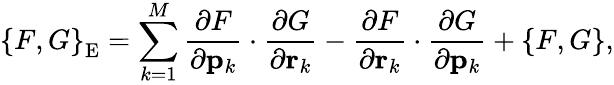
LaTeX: \left\{ F,G\right\} _{\mathrm{E}}=\sum_{k=1}^{M}{\frac{\partial F}{\partial{\mathbf p}_{k}}\cdot\frac{\partial G}{\partial{\mathbf r}_{k}}-\frac{\partial F}{\partial{\mathbf r}_{k}}\cdot\frac{\partial G}{\partial{\mathbf p}_{k}}}+\left\{ F,G\right\} ,